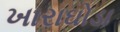
ખારાઘોડા